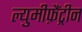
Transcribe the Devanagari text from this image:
ल्युमीफ़ैंट्रीन